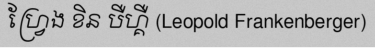
ហ្វ្រែង ខិន បឺហ្គឺ (Leopold Frankenberger)